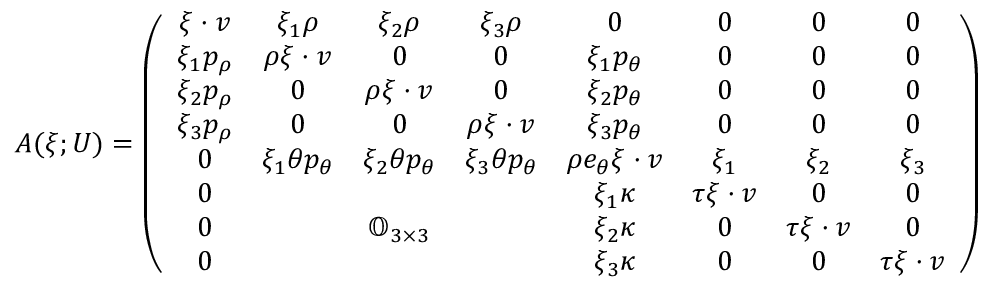
\begin{array} { r } { A ( \xi ; U ) = \left( \begin{array} { c c c c c c c c } { \xi \cdot v } & { \xi _ { 1 } \rho } & { \xi _ { 2 } \rho } & { \xi _ { 3 } \rho } & { 0 } & { 0 } & { 0 } & { 0 } \\ { \xi _ { 1 } p _ { \rho } } & { \rho \xi \cdot v } & { 0 } & { 0 } & { \xi _ { 1 } p _ { \theta } } & { 0 } & { 0 } & { 0 } \\ { \xi _ { 2 } p _ { \rho } } & { 0 } & { \rho \xi \cdot v } & { 0 } & { \xi _ { 2 } p _ { \theta } } & { 0 } & { 0 } & { 0 } \\ { \xi _ { 3 } p _ { \rho } } & { 0 } & { 0 } & { \rho \xi \cdot v } & { \xi _ { 3 } p _ { \theta } } & { 0 } & { 0 } & { 0 } \\ { 0 } & { \xi _ { 1 } \theta p _ { \theta } } & { \xi _ { 2 } \theta p _ { \theta } } & { \xi _ { 3 } \theta p _ { \theta } } & { \rho e _ { \theta } \xi \cdot v } & { \xi _ { 1 } } & { \xi _ { 2 } } & { \xi _ { 3 } } \\ { 0 } & { } & { } & { } & { \xi _ { 1 } \kappa } & { \tau \xi \cdot v } & { 0 } & { 0 } \\ { 0 } & { } & { \mathbb { O } _ { 3 \times 3 } } & { } & { \xi _ { 2 } \kappa } & { 0 } & { \tau \xi \cdot v } & { 0 } \\ { 0 } & { } & { } & { } & { \xi _ { 3 } \kappa } & { 0 } & { 0 } & { \tau \xi \cdot v } \end{array} \right) , } \end{array}